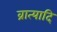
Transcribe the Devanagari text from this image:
व्रात्यादि